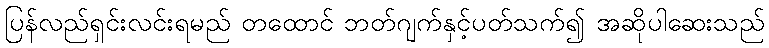
ပြန်လည်ရှင်းလင်းရမည် တထောင် ဘတ်ဂျက်နှင့်ပတ်သက်၍ အဆိုပါဆေးသည်